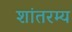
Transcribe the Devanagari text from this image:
शांतरम्य